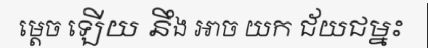
ម្តេច ឡើយ នឹង អាច យក ជ័យជម្នះ